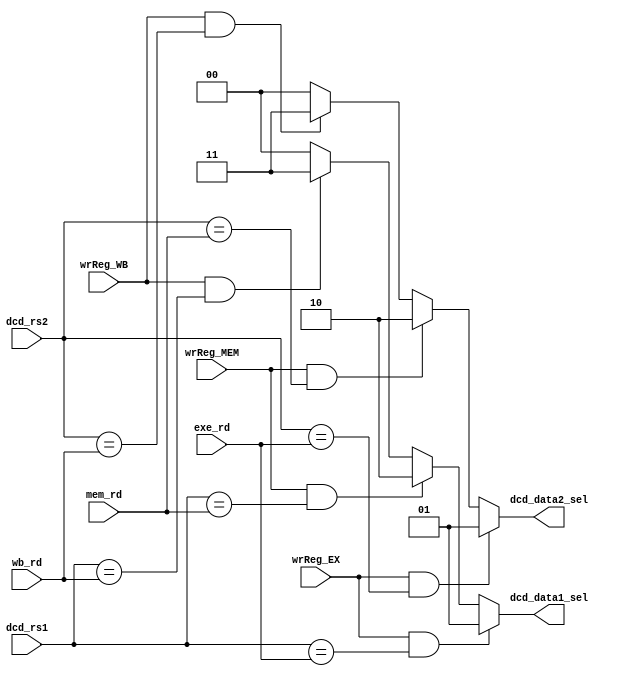
module DataForward(dcd_rs1, dcd_rs2, 
				   wrReg_EX, exe_rd, 
				   wrReg_MEM, mem_rd, 
				   wrReg_WB, wb_rd, 
				   dcd_data1_sel, dcd_data2_sel);
    input [3:0] dcd_rs1;    //rs1 index in decode stage
    input [3:0] dcd_rs2;    //rs2 index in decode stage

    input [3:0] exe_rd;     //rd index in execute stage
	input wrReg_EX;
	
    input [3:0] mem_rd;     //rd index in memory stage
	input wrReg_MEM;
	
    input [3:0] wb_rd;      //rd index in writeback stage
	input wrReg_WB;

    // select signal for a mux in the decode stage
    output reg [1:0] dcd_data1_sel; // 0: no forwarding; 1: from exe; 2: from mem; 3: from wb
    output reg [1:0] dcd_data2_sel; // 0: no forwarding; 1: from exe; 2: from mem; 3: from wb

    always @(*) begin
        if (wrReg_EX && dcd_rs1 == exe_rd) begin
            dcd_data1_sel <= 1;
        end else if (wrReg_MEM && dcd_rs1 == mem_rd) begin
            dcd_data1_sel <= 2;
        end else if (wrReg_WB && dcd_rs1 == wb_rd) begin
            dcd_data1_sel <= 3;
        end else begin
            dcd_data1_sel <= 0;
        end

        if (wrReg_EX && dcd_rs2 == exe_rd) begin
            dcd_data2_sel <= 1;
        end else if (wrReg_MEM && dcd_rs2 == mem_rd) begin
            dcd_data2_sel <= 2;
        end else if (wrReg_WB && dcd_rs2 == wb_rd) begin
            dcd_data2_sel <= 3;
        end else begin
            dcd_data2_sel <= 0;
        end
    end
endmodule




/*
module DataForward(clk, dcd_rs1, dcd_rs2, exe_valid, exe_opcode, exe_reg_wrt, exe_rd, mem_valid, mem_reg_wrt, mem_rd, wb_valid, wb_reg_wrt, wb_rd, dcd_data1_sel, dcd_data2_sel, stall);
    input clk;
    input [3:0] dcd_rs1;    //rs1 index in decode stage
    input [3:0] dcd_rs2;    //rs2 index in decode stage
    input exe_valid;
    input [3:0] exe_opcode; //opcode in exe
    input exe_reg_wrt;      //register file write enable in exe
    input [3:0] exe_rd;     //rd index in execute stage
    input mem_valid;
    input mem_reg_wrt;      //register file write enable in mem
    input [3:0] mem_rd;     //rd index in memory stage
    input wb_valid;
    input wb_reg_wrt;      //register file write enable in wb
    input [3:0] wb_rd;      //rd index in writeback stage

    // select signal for a mux in the decode stage
    output [1:0] dcd_data1_sel; // 0: no forwarding; 1: from exe; 2: from mem; 3: from wb
    output [1:0] dcd_data2_sel; // 0: no forwarding; 1: from exe; 2: from mem; 3: from wb
    output stall;

    reg stall1;
    reg stall2;

    assign stall1 = exe_valid && exe_reg_wrt && dcd_rs1 == exe_rd && exe_opcode == 4'b0111; //if the instruction in exe is lw
    assign stall2 = exe_valid && exe_reg_wrt && dcd_rs2 == exe_rd && exe_opcode == 4'b0111; //if the instruction in exe is lw
    assign stall = stall1 || stall2;

    always @(posedge clk) begin
        if (exe_reg_wrt && dcd_rs1 == exe_rd) begin
            dcd_data1_sel <= 1;
        end else if (mem_reg_wrt && dcd_rs1 == mem_rd) begin
            dcd_data1_sel <= 2;
        end else if (wb_reg_wrt && dcd_rs1 == wb_rd) begin
            dcd_data1_sel <= 3;
        end else begin
            dcd_data1_sel <= 0;
        end

        if (exe_reg_wrt && dcd_rs2 == exe_rd) begin
            dcd_data2_sel <= 1;
        end else if (mem_reg_wrt && dcd_rs2 == mem_rd) begin
            dcd_data2_sel <= 2;
        end else if (wb_reg_wrt && dcd_rs2 == wb_rd) begin
            dcd_data2_sel <= 3;
        end else begin
            dcd_data2_sel <= 0;
        end
    end
endmodule
*/